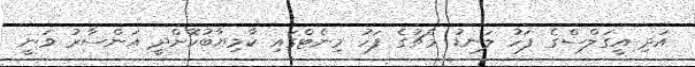
އަދި އީގަލްސްގެ ފަހު ލަނޑު މެޗުގެ ފަހު މިނެޓްގައި ކާމިޔާބުކޮށްދީ އަންސާރު ވަނީ